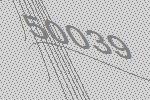
50039